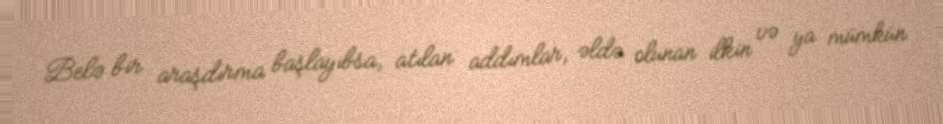
Belə bir araşdırma başlayıbsa, atılan addımlar, əldə olunan ilkin və ya mümkün